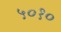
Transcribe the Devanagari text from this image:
५०१०